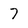
Character: 7